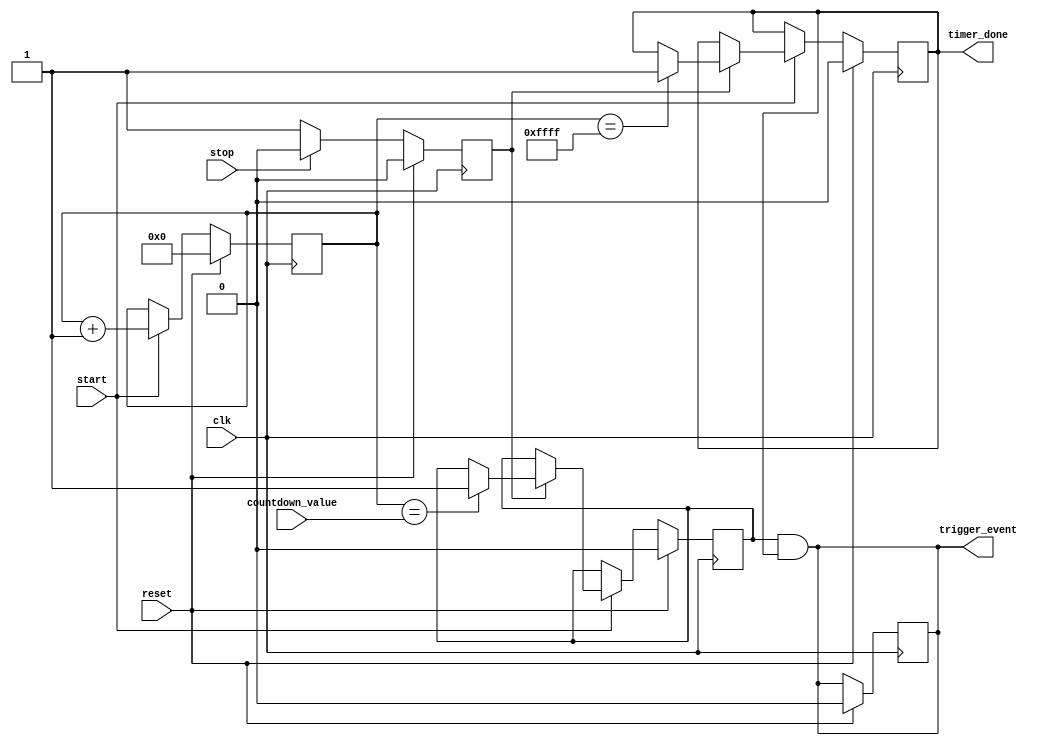
module countdown_timer (
    input wire clk,
    input wire reset,
    input wire start,
    input wire stop,
    input wire countdown_value,
    output reg timer_done,
    output reg trigger_event
);

reg [15:0] timer_count;
reg timer_enable;
reg comparator_output;
reg sync_clock;

always @(posedge clk) begin
    if (reset) begin
        timer_count <= 16'd0;
        timer_enable <= 1'b0;
        comparator_output <= 1'b0;
        sync_clock <= 1'b0;
        timer_done <= 1'b0;
        trigger_event <= 1'b0;
    end else begin
        if (start) begin
            timer_count <= timer_count + 1;
            if (timer_enable) begin
                if (timer_count == countdown_value) begin
                    comparator_output <= 1'b1;
                end
                if (timer_count == 16'd65535) begin
                    timer_done <= 1'b1;
                end
            end
        end
        if (stop) begin
            timer_enable <= 1'b0;
        end else begin
            timer_enable <= 1'b1;
        end
        sync_clock <= ~sync_clock;
    end
end

assign trigger_event = comparator_output & timer_done;

endmodule